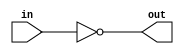
module gate_sdf(out, in);
  output out;
  input in;
  wire out, in;

  assign out = ~in;

  specify
    (in => out) = (0.5, 0.5);
  endspecify
endmodule